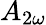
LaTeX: A_{2\omega}